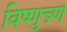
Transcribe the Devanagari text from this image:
विष्णुच्र्ण